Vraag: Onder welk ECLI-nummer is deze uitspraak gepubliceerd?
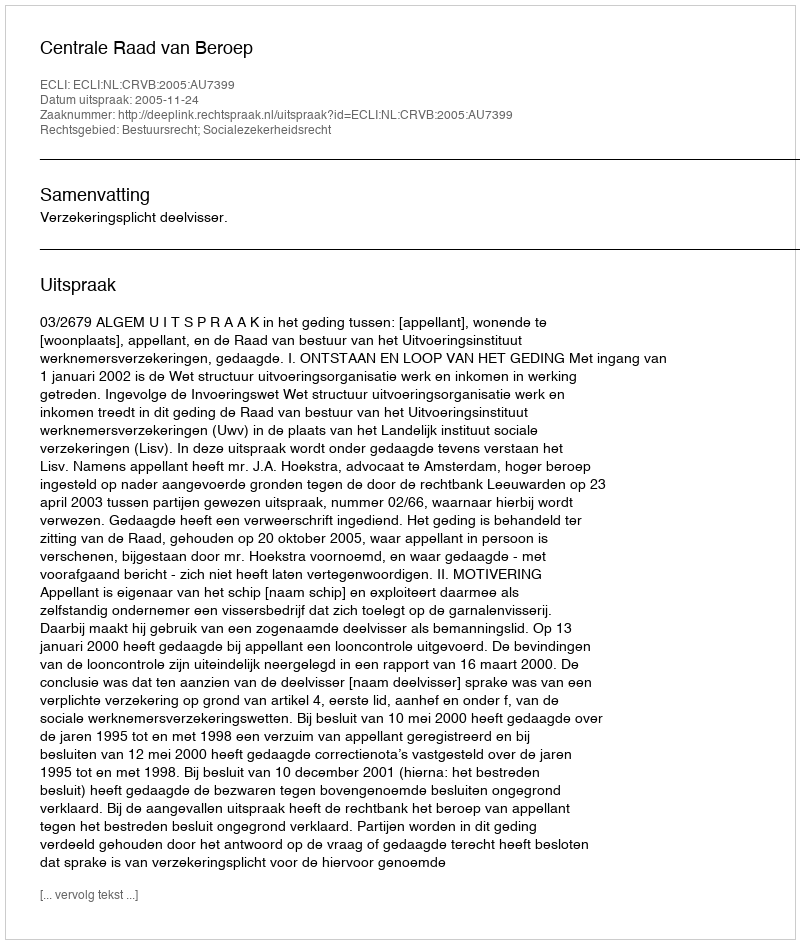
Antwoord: ECLI:NL:CRVB:2005:AU7399